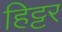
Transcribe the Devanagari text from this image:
हिट्टर